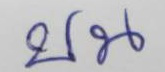
บน